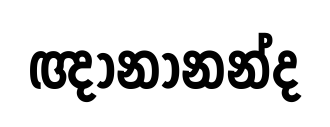
ඥානානන්ද